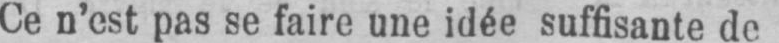
Ce n’est pas se faire une idée suffisante de